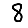
Digit: 8